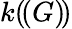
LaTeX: k(\! (G)\! )